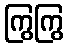
ကြွကြွ